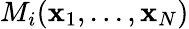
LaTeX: M_{i}({\mathbf x}_{1},...,{\mathbf x}_{N})